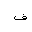
Letter: _fa